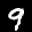
Label: 9